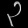
Digit: ၃